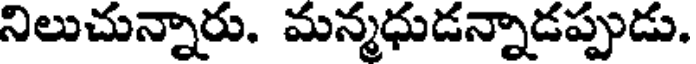
నిలుచున్నారు. మన్మధుడన్నాడప్పుడు.